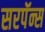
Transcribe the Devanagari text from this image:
सरपॅन्स